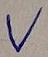
Text: V